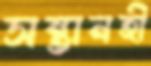
সন্তানহী